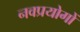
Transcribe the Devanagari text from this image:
नवप्रयोगों